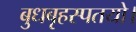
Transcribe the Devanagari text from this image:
बुधबृहस्पतयो।